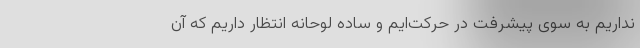
نداریم به سوی پیشرفت در حرکت‌ایم و ساده لوحانه انتظار داریم که آن